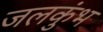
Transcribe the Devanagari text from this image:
जलकुंभ